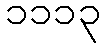
၁၁၁၃